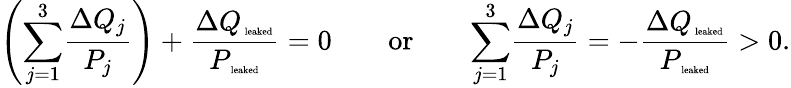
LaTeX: \left({\sum_{j=1}^{3}}\frac{\Delta Q_{j}}{P_{j}}\right)+\frac{\Delta Q_{\mathrm{\tiny~leaked}}}{P_{\mathrm{\tiny~leaked}}}=0\qquad\mathrm{or}\qquad{\sum_{j=1}^{3}}\frac{\Delta Q_{j}}{P_{j}}=-\frac{\Delta Q_{\mathrm{\tiny~leaked}}}{P_{\mathrm{\tiny~leaked}}}>0.